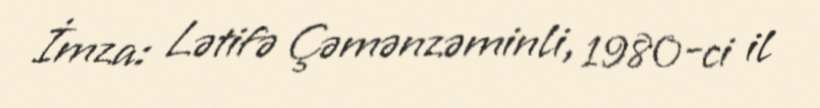
İmza: Lətifə Çəmənzəminli, 1980-ci il